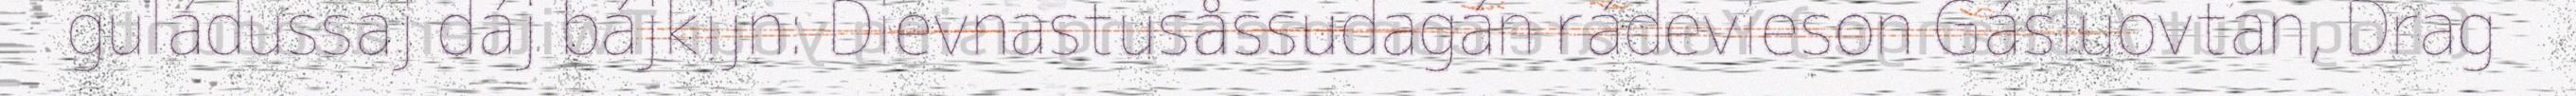
guládussaj dáj bájkijn: Dievnastusåssudagán rádevieson Gásluovtan, Drag